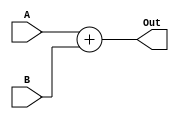
`timescale 1ns / 1ps
//////////////////////////////////////////////////////////////////////////////////
// Mauricio Salomon - 200900582
// Miguel Taylor -201117893
// Juan Pablo Arias Mora - 200826602
// Sebastian Gonzalez - 201159610
//////////////////////////////////////////////////////////////////////////////////
module Adder(A, B, Out );
	input[31:0] A;
	input[31:0] B;
	output reg [31:0] Out;
	always @(A,B)
	
	begin
		Out = A + B;
	end

endmodule